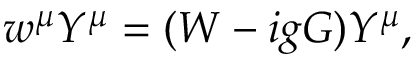
w ^ { \mu } Y ^ { \mu } = ( W - i g G ) Y ^ { \mu } ,